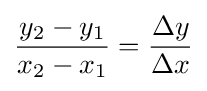
{\frac {y_{2}-y_{1}}{x_{2}-x_{1}}}={\frac {\Delta y}{\Delta x}}